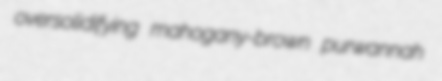
oversolidifying mahogany-brown purwannah